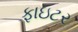
ફાઇટર